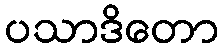
ပသာဒိတော